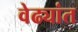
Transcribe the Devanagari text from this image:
वेढ्यांत